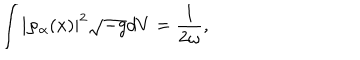
\int \left| \varphi _ { \alpha } ( x ) \right| ^ { 2 } \sqrt { - g } d V = \frac { 1 } { 2 \omega } ,